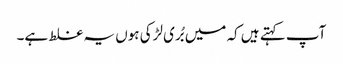
آپ کہتے ہیں کہ میں بُری لڑکی ہوں یہ غلط ہے۔